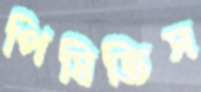
পিষিতিস